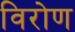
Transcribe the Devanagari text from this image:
विरोण